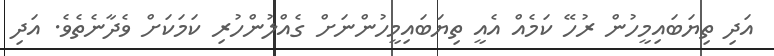
އަދި ތިޔަބައިމީހުން ރުހޭ ކަމެއް އެއީ ތިޔަބައިމީހުންނަށް ގެއްލުންހުރި ކަމަކަށް ވެދާނެތެވެ. އަދި